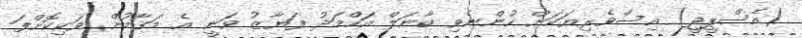
(އެސްޕީޖީ) އިސްވެރިޔަކަށް ހުންނެވި ކާނަލް އަހްމަދު ފަޔާޒު ވަނީ އެ މަގާމުން ވަކިކޮށްފަ